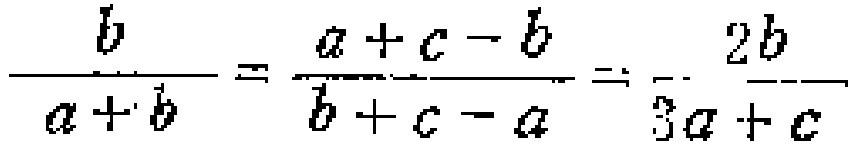
\(\frac{b}{a + b}=\frac{a + c - b}{b + c - a}=\frac{2b}{3a + c}\)